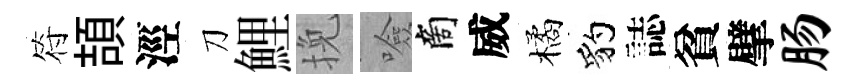
符頡涇刀鯉挽噞商威橘豹誌貧擘肠